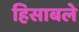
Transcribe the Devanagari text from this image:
हिसाबले